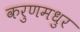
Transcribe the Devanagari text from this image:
करुणमधुर